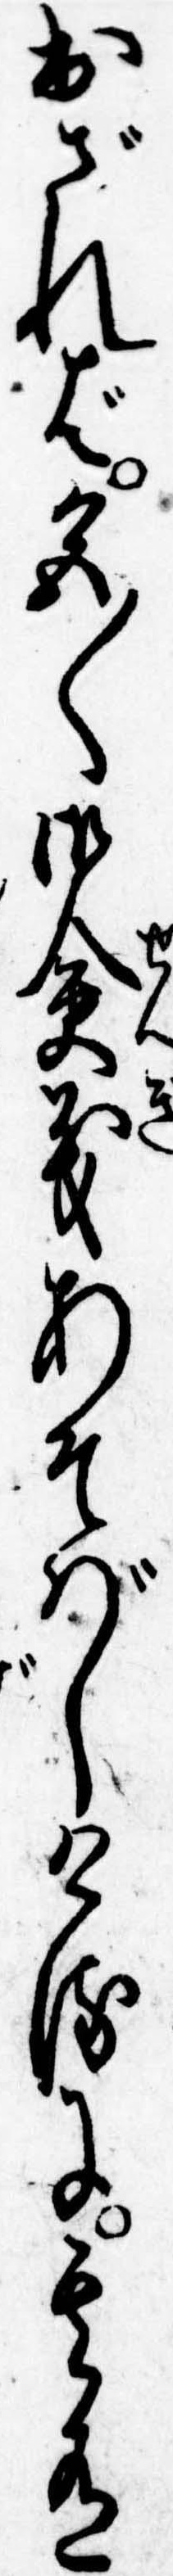
出ざれば色〱御僉義あそばしけるに其有